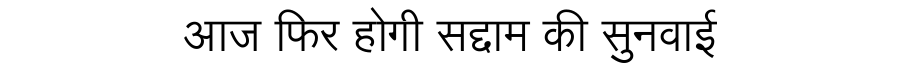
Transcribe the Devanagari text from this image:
आज फिर होगी सद्दाम की सुनवाई